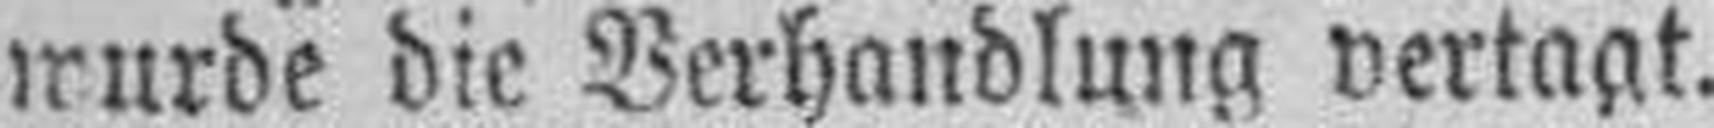
wurde die Verhandlung vertagt.